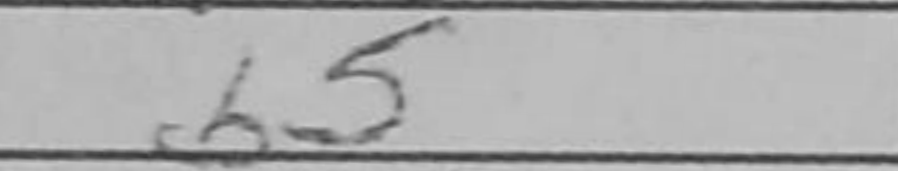
Transcription: b5